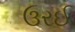
ઉરઈ